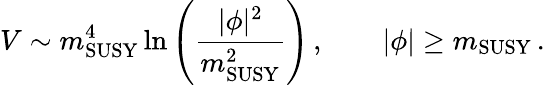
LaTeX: V\sim m_{\mathrm{SUSY}}^{4}\ln\left(\frac{|\phi|^{2}}{m_{\mathrm{SUSY}}^{2}}\right)\, ,\quad\quad|\phi|\geq m_{\mathrm{SUSY}}\, .